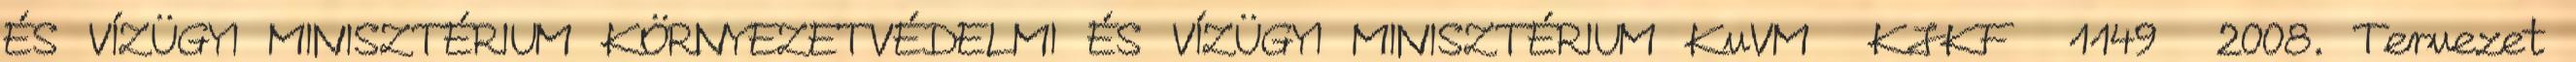
ÉS VÍZÜGYI MINISZTÉRIUM KÖRNYEZETVÉDELMI ÉS VÍZÜGYI MINISZTÉRIUM KvVM KJKF 1149 2008. Tervezet